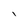
Character: l